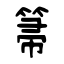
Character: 箒